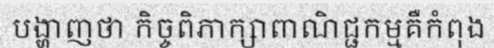
បង្ហាញថា កិច្ចពិភាក្សាពាណិជ្ជកម្មគឺកំពុង